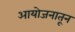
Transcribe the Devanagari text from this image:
आयोजनातून